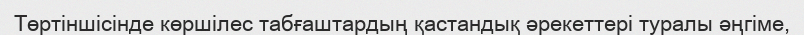
Төртіншісінде көршілес табғаштардың қастандық әрекеттері туралы әңгіме,